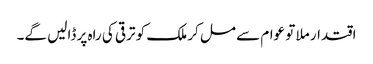
اقتدار ملا تو عوام سے مل کر ملک کو ترقی کی راہ پر ڈالیں گے۔